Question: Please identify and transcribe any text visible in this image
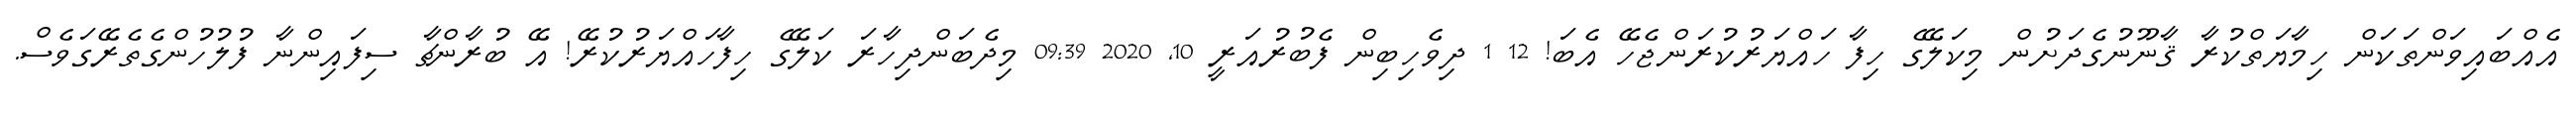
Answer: އެއްބައިވަންތަކަން ހިމާޔަތްކުރާ ޤާނޫނުގެދަށުން މިކަލޭގެ ހިފާ ހައްޔަރުކުރަންޖެހޭ އެބަ! 12 1 ދިވެހިބިން ފެބުރުއަރީ 10, 2020 09:39 މިދެބަންދިހާރަ ކަލޭގެ ހިފާހައްޔަރުކުރޭ! އޭ ބުރާންޗާ ސިފައިންނާ ފުލުހުންގެތެރޭގަވެސް.